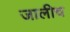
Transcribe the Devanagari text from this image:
जालीच